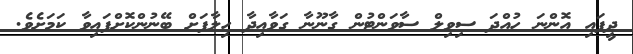
ދީފައި އޮންނަ ހުއްދަ ސިވިލް ސާވަންޓުން ގާނޫނާ ގަވާއިދާ ހިލާފަށް ބޭނުންކޮށްފައިވާ ކަމަށެވެ.